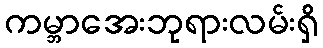
ကမ္ဘာအေးဘုရားလမ်းရှိ